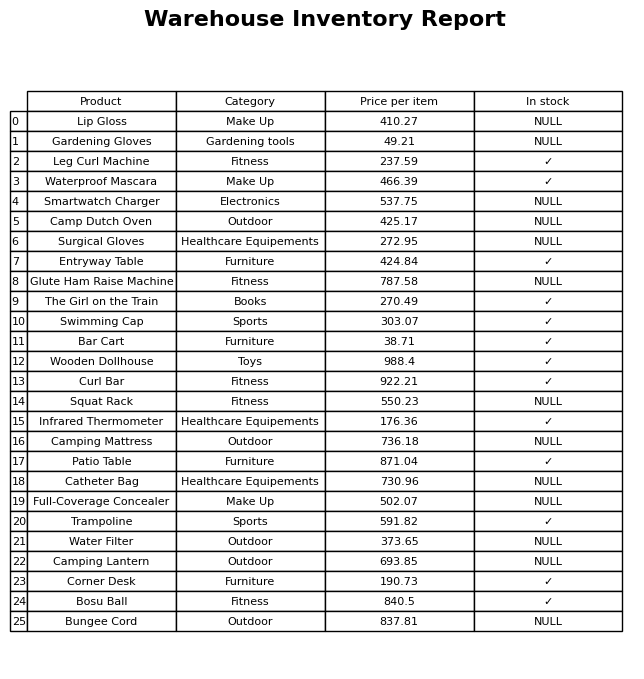
question: Which products are currently out of stock?
answer: Lip Gloss, Gardening Gloves, Smartwatch Charger, Camp Dutch Oven, Surgical Gloves, Glute Ham Raise Machine, Squat Rack, Camping Mattress, Catheter Bag, Full-Coverage Concealer, Water Filter, Camping Lantern, Bungee Cord